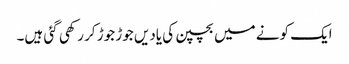
ایک کونے میں بچپن کی یادیں جوڑ جوڑ کر رکھی گئی ہیں۔